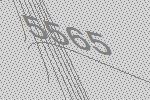
5565